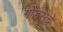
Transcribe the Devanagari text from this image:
गोडसेचे